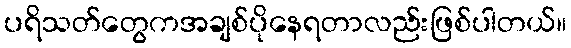
ပရိသတ်တွေကအချစ်ပိုနေရတာလည်းဖြစ်ပါတယ်။